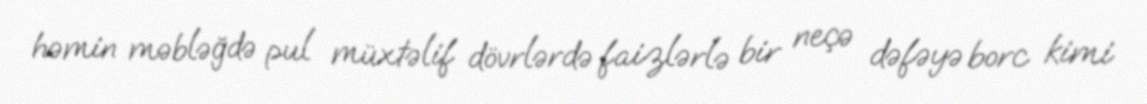
həmin məbləğdə pul müxtəlif dövrlərdə faizlərlə bir neçə dəfəyə borc kimi